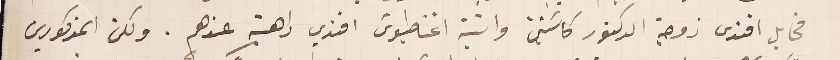
مخايل افندى زوجة الدكتور كاسَيني وابنة اغناطيوسَ افندي راهبة عندهم. ولكن المذكورين